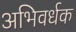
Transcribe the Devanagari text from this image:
अभिवर्धक